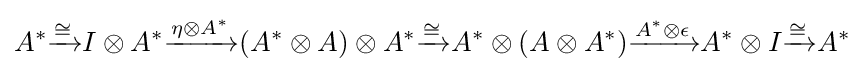
A^{*}{\xrightarrow {\cong }}I\otimes A^{*}{\xrightarrow {\eta \otimes A^{*}}}(A^{*}\otimes A)\otimes A^{*}{\xrightarrow {\cong }}A^{*}\otimes (A\otimes A^{*}){\xrightarrow {A^{*}\otimes \epsilon }}A^{*}\otimes I{\xrightarrow {\cong }}A^{*}